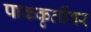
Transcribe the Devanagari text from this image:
पाककृतींवर